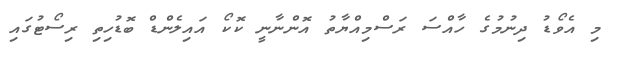
މި އެވޯޑު ދިނުމުގެ ހާއްސަ ރަސްމިއްޔާތު އޮންނާނީ ކޮކޯ އައިލެންޑް ބޮޑުހިތި ރިސޯޓުގައި